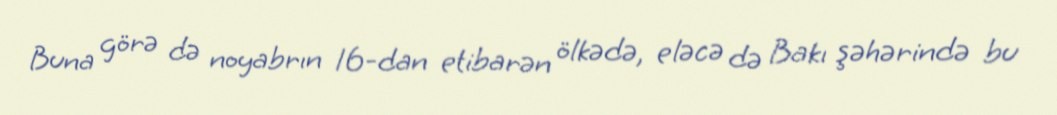
Buna görə də noyabrın 16-dan etibarən ölkədə, eləcə də Bakı şəhərində bu